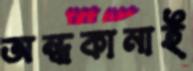
অন্ধকানাই